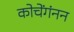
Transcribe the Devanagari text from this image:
कोचेंगंनन